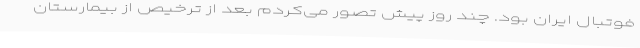
فوتبال ایران بود. چند روز پیش تصور می‌کردم بعد از ترخیص از بیمارستان